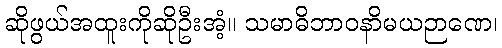
ဆိုဖွယ်အထူးကိုဆိုဦးအံ့။ သမာဓိဘာဝနာိမယဉာဏေ၊